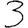
Digit: 3